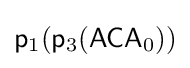
{\mathsf {p}}_{1}({\mathsf {p}}_{3}({\mathsf {ACA}}_{0}))